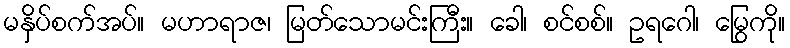
မနှိပ်စက်အပ်။ မဟာရာဇ၊ မြတ်သောမင်းကြီး။ ခေါ၊ စင်စစ်။ ဥရဂေါ၊ မြွေကို။